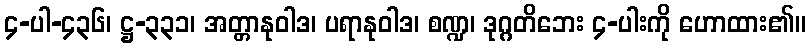
၄-ပါ-၄၃၆၊ ဋ္ဌ-၃၃၁၊ အတ္တာနုဝါဒ၊ ပရာနုဝါဒ၊ စဏ္ဍ၊ ဒုဂ္ဂတိဘေး ၄-ပါးကို ဟောထား၏။